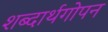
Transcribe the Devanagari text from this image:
शब्दार्थगोपन